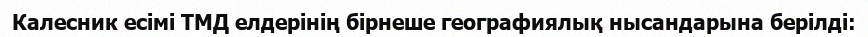
Калесник есімі ТМД елдерінің бірнеше географиялық нысандарына берілді: